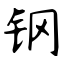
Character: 钢